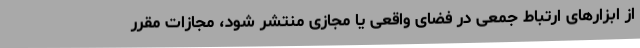
از ابزارهای ارتباط جمعی در فضای واقعی یا مجازی منتشر شود، مجازات مقرر